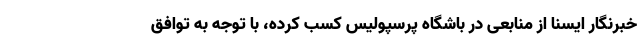
خبرنگار ایسنا از منابعی در باشگاه پرسپولیس کسب کرده، با توجه به توافق